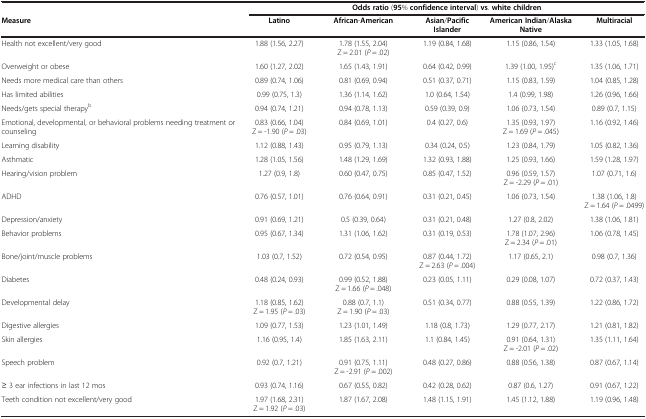
<table><thead><tr><td><b> </b></td><td colspan="5"><b>Odds ratio (95% confidence interval) vs. white children</b></td></tr><tr><td><b>Measure</b></td><td><b>Latino</b></td><td><b>African-American</b></td><td><b>Asian/Pacific Islander</b></td><td><b>American Indian/Alaska Native</b></td><td><b>Multiracial</b></td></tr></thead><tbody><tr><td>Health not excellent/very good</td><td>1.88 (1.56, 2.27)</td><td>1.78 (1.55, 2.04) Z = 2.01 (<i>P</i> = .02)</td><td>1.19 (0.84, 1.68)</td><td>1.15 (0.86, 1.54)</td><td>1.33 (1.05, 1.68)</td></tr><tr><td>Overweight or obese</td><td>1.60 (1.27, 2.02)</td><td>1.65 (1.43, 1.91)</td><td>0.64 (0.42, 0.99)</td><td>1.39 (1.00, 1.95)<sup>c</sup></td><td>1.35 (1.06, 1.71)</td></tr><tr><td>Needs more medical care than others</td><td>0.89 (0.74, 1.06)</td><td>0.81 (0.69, 0.94)</td><td>0.51 (0.37, 0.71)</td><td>1.15 (0.83, 1.59)</td><td>1.04 (0.85, 1.28)</td></tr><tr><td>Has limited abilities</td><td>0.99 (0.75, 1.3)</td><td>1.36 (1.14, 1.62)</td><td>1.0 (0.64, 1.54)</td><td>1.4 (0.99, 1.98)</td><td>1.26 (0.96, 1.66)</td></tr><tr><td>Needs/gets special therapy<sup>b</sup></td><td>0.94 (0.74, 1.21)</td><td>0.94 (0.78, 1.13)</td><td>0.59 (0.39, 0.9)</td><td>1.06 (0.73, 1.54)</td><td>0.89 (0.7, 1.15)</td></tr><tr><td>Emotional, developmental, or behavioral problems needing treatment or counseling</td><td>0.83 (0.66, 1.04) Z = -1.90 (<i>P</i> = .03)</td><td>0.84 (0.69, 1.01)</td><td>0.4 (0.27, 0.6)</td><td>1.35 (0.93, 1.97) Z = 1.69 (<i>P</i> = .045)</td><td>1.16 (0.92, 1.46)</td></tr><tr><td>Learning disability</td><td>1.12 (0.88, 1.43)</td><td>0.95 (0.79, 1.13)</td><td>0.34 (0.24, 0.5)</td><td>1.23 (0.84, 1.79)</td><td>1.05 (0.82, 1.36)</td></tr><tr><td>Asthmatic</td><td>1.28 (1.05, 1.56)</td><td>1.48 (1.29, 1.69)</td><td>1.32 (0.93, 1.88)</td><td>1.25 (0.93, 1.66)</td><td>1.59 (1.28, 1.97)</td></tr><tr><td>Hearing/vision problem</td><td>1.27 (0.9, 1.8)</td><td>0.60 (0.47, 0.75)</td><td>0.85 (0.47, 1.52)</td><td>0.96 (0.59, 1.57) Z = -2.29 (<i>P</i> = .01)</td><td>1.07 (0.71, 1.6)</td></tr><tr><td>ADHD</td><td>0.76 (0.57, 1.01)</td><td>0.76 (0.64, 0.91)</td><td>0.31 (0.21, 0.45)</td><td>1.06 (0.73, 1.54)</td><td>1.38 (1.06, 1.8) Z = 1.64 (<i>P</i> = .0499)</td></tr><tr><td>Depression/anxiety</td><td>0.91 (0.69, 1.21)</td><td>0.5 (0.39, 0.64)</td><td>0.31 (0.21, 0.48)</td><td>1.27 (0.8, 2.02)</td><td>1.38 (1.06, 1.81)</td></tr><tr><td>Behavior problems</td><td>0.95 (0.67, 1.34)</td><td>1.31 (1.06, 1.62)</td><td>0.31 (0.19, 0.53)</td><td>1.78 (1.07, 2.96) Z = 2.34 (<i>P</i> = .01)</td><td>1.06 (0.78, 1.45)</td></tr><tr><td>Bone/joint/muscle problems</td><td>1.03 (0.7, 1.52)</td><td>0.72 (0.54, 0.95)</td><td>0.87 (0.44, 1.72) Z = 2.63 (<i>P</i> = .004)</td><td>1.17 (0.65, 2.1)</td><td>0.98 (0.7, 1.36)</td></tr><tr><td>Diabetes</td><td>0.48 (0.24, 0.93)</td><td>0.99 (0.52, 1.88) Z = 1.66 (<i>P</i> = .048)</td><td>0.23 (0.05, 1.11)</td><td>0.29 (0.08, 1.07)</td><td>0.72 (0.37, 1.43)</td></tr><tr><td>Developmental delay</td><td>1.18 (0.85, 1.62) Z = 1.95 (<i>P</i> = .03)</td><td>0.88 (0.7, 1.1) Z = 1.90 (<i>P</i> = .03)</td><td>0.51 (0.34, 0.77)</td><td>0.88 (0.55, 1.39)</td><td>1.22 (0.86, 1.72)</td></tr><tr><td>Digestive allergies</td><td>1.09 (0.77, 1.53)</td><td>1.23 (1.01, 1.49)</td><td>1.18 (0.8, 1.73)</td><td>1.29 (0.77, 2.17)</td><td>1.21 (0.81, 1.82)</td></tr><tr><td>Skin allergies</td><td>1.16 (0.95, 1.4)</td><td>1.85 (1.63, 2.11)</td><td>1.1 (0.84, 1.45)</td><td>0.91 (0.64, 1.31) Z = -2.01 (<i>P</i> = .02)</td><td>1.35 (1.11, 1.64)</td></tr><tr><td>Speech problem</td><td>0.92 (0.7, 1.21)</td><td>0.91 (0.75, 1.11) Z = -2.91 (<i>P</i> = .002)</td><td>0.48 (0.27, 0.86)</td><td>0.88 (0.56, 1.38)</td><td>0.87 (0.67, 1.14)</td></tr><tr><td>≥ 3 ear infections in last 12 mos</td><td>0.93 (0.74, 1.16)</td><td>0.67 (0.55, 0.82)</td><td>0.42 (0.28, 0.62)</td><td>0.87 (0.6, 1.27)</td><td>0.91 (0.67, 1.22)</td></tr><tr><td>Teeth condition not excellent/very good</td><td>1.97 (1.68, 2.31) Z = 1.92 (<i>P</i> = .03)</td><td>1.87 (1.67, 2.08)</td><td>1.48 (1.15, 1.91)</td><td>1.45 (1.12, 1.88)</td><td>1.19 (0.96, 1.48)</td></tr></tbody></table>